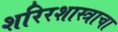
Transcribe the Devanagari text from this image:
शरिरशास्त्राचा